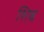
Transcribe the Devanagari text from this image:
शिब